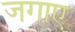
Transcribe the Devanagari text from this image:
जगाए